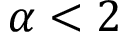
\alpha < 2